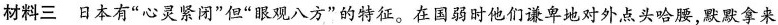
材料三 日本有”心灵紧闭”但”眼观八方”的特征。在国弱时他们谦卑地对外点头哈腰，默默拿来